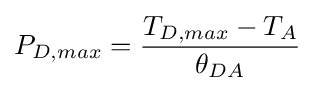
P_{D,max}={\frac {T_{D,max}-T_{A}}{\theta _{DA}}}